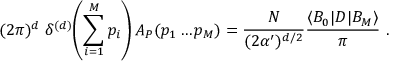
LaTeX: ( 2 \pi ) ^ { d } \; \delta ^ { ( d ) } \! \left( \sum _ { i = 1 } ^ { M } p _ { i } \right) A _ { P } ( p _ { 1 } \dots p _ { M } ) = \frac { N } { ( 2 \alpha ^ { \prime } ) ^ { d / 2 } } \frac { \langle B _ { 0 } | D | B _ { M } \rangle } { \pi } ~ .